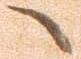
々